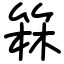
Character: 箖